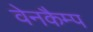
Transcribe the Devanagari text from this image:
वेनकैम्प